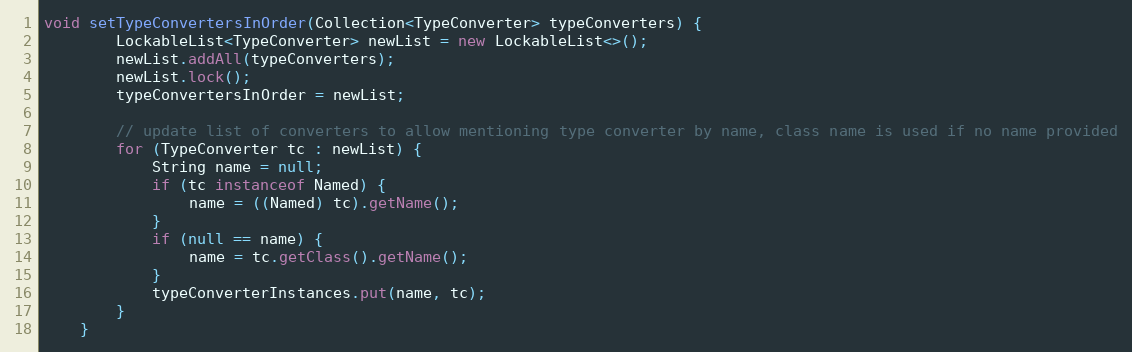
Language: Java
void setTypeConvertersInOrder(Collection<TypeConverter> typeConverters) {
        LockableList<TypeConverter> newList = new LockableList<>();
        newList.addAll(typeConverters);
        newList.lock();
        typeConvertersInOrder = newList;

        // update list of converters to allow mentioning type converter by name, class name is used if no name provided
        for (TypeConverter tc : newList) {
            String name = null;
            if (tc instanceof Named) {
                name = ((Named) tc).getName();
            }
            if (null == name) {
                name = tc.getClass().getName();
            }
            typeConverterInstances.put(name, tc);
        }
    }